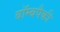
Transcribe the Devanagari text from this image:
बॉम्बपैकी